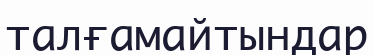
талғамайтындар